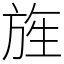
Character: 旌